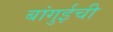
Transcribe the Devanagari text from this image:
बांगुईची